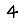
Digit: 4